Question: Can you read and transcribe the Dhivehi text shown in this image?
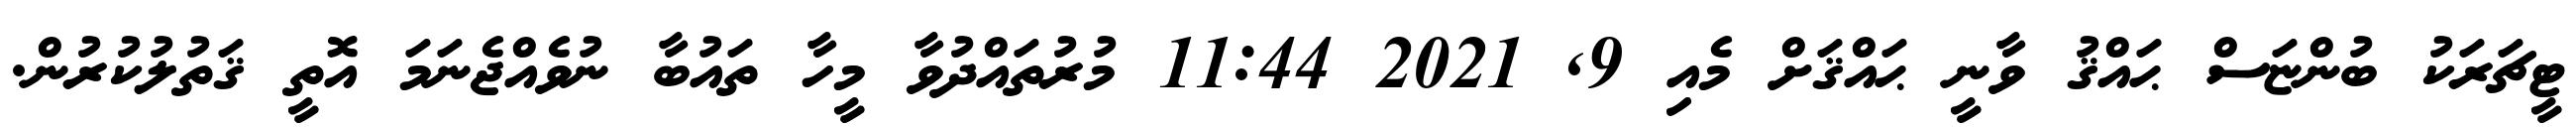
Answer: ޓީޗަރަކު ބުންޏަސް ޙައްޤު ވާނީ ޙައްޤަށް މެއި 9, 2021 11:44 މުރުތައްދުވާ މީހާ ތައުބާ ނުވެއްޖެނަމަ އޮތީ ޤަތުލުކުރުން.